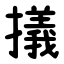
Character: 㩘